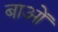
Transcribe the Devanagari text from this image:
बाओं